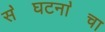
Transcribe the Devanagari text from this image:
स॓घटना॓चा